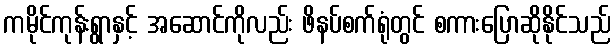
ကမိုင်ကုန်းရွာနှင့် အဆောင်ကိုလည်း ဖိနပ်စက်ရုံတွင် စကားပြောဆိုနိုင်သည်